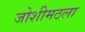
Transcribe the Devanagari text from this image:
जोशीमठला